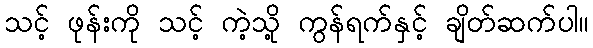
သင့် ဖုန်းကို သင့် ကဲ့သို့ ကွန်ရက်နှင့် ချိတ်ဆက်ပါ။